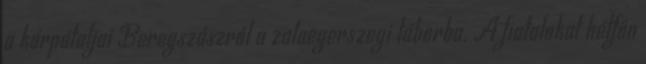
a kárpátaljai Beregszászról a zalaegerszegi táborba. A fiatalokat hétfőn